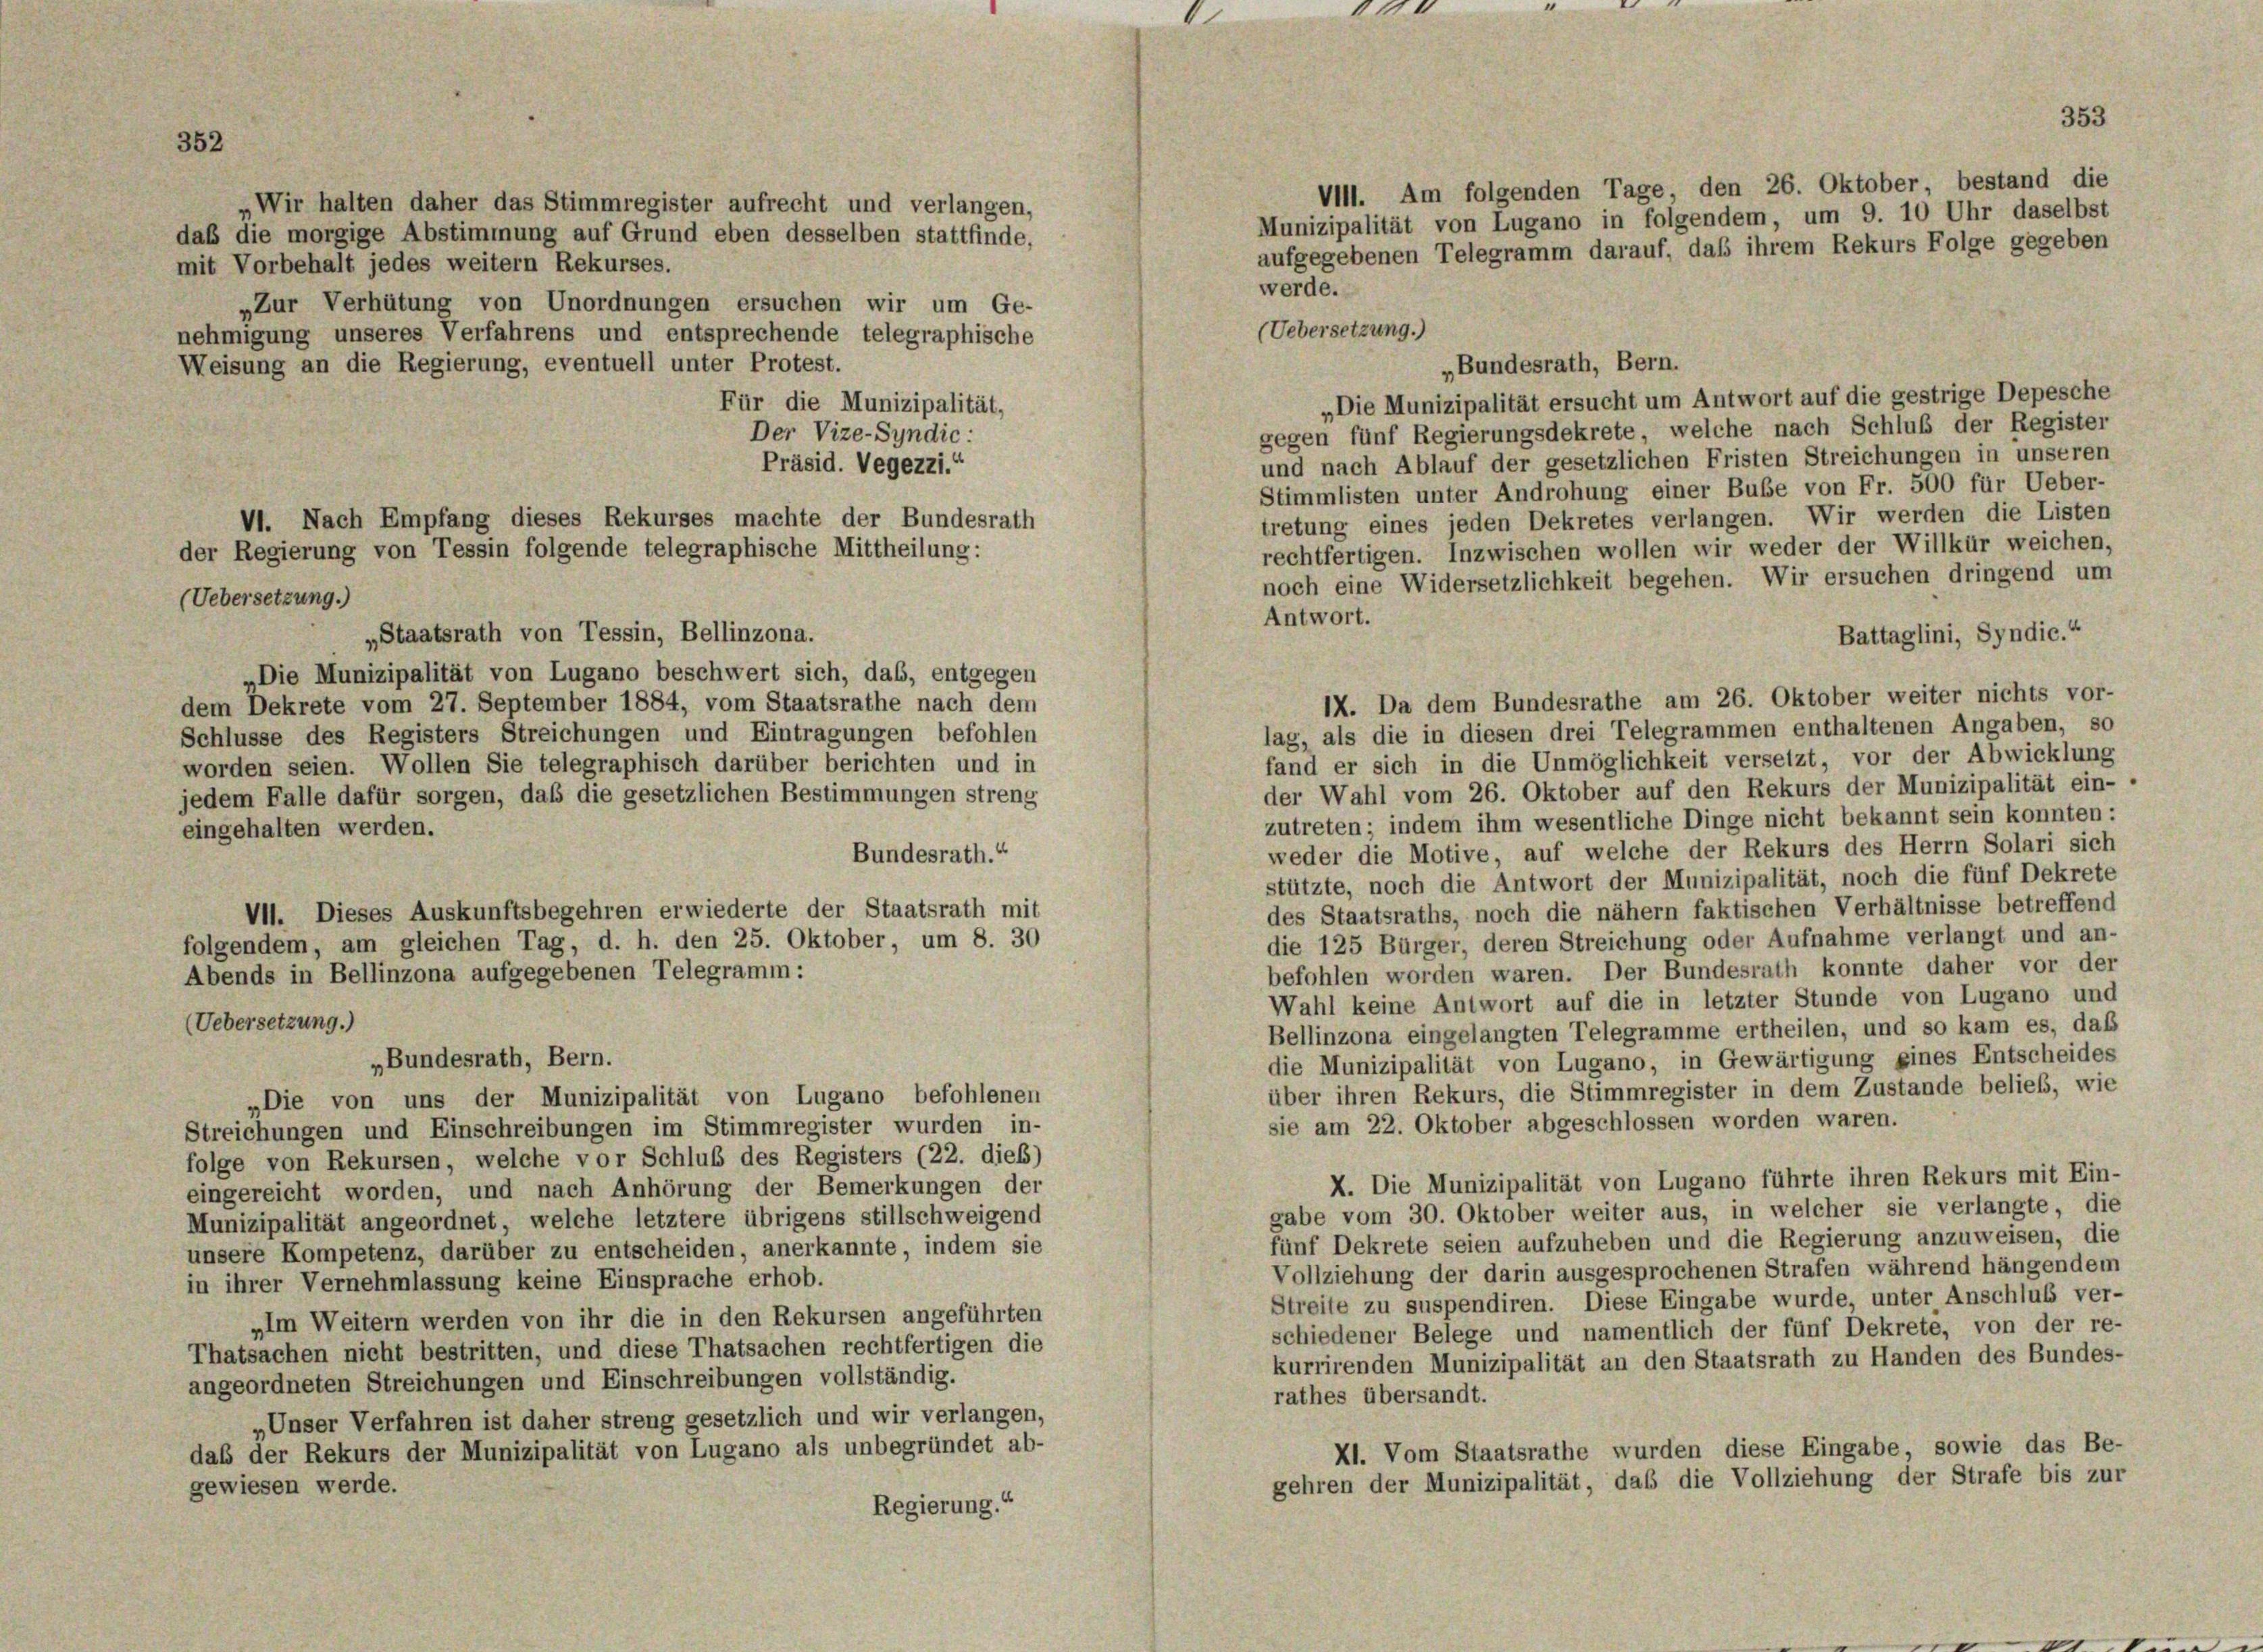
„Bundesrath, Bern.

353

VIII. Am folgenden Tage, den 26. Oktober, bestand die
„Wir halten daher das Stimmregister aufrecht und verlangen,
Munizipalität von Lugano in folgendem, um 9. 10 Uhr daselbst
daß die morgige Abstimmung auf Grund eben desselben stattfinde,
aufgegebenen Telegramm darauf, daß ihrem Rekurs Folge gegeben
mit Vorbehalt jedes weitern Rekurses.
werde.
„Zur Verhütung von Unordnungen ersuchen wir um Ge-
(Uebersetzung.)
nehmigung unseres Verfahrens und entsprechende telegraphische
Weisung an die Regierung, eventuell unter Protest.
„Die Munizipalität ersucht um Antwort auf die gestrige Depesche
Für die Munizipalität,
gegen fünf Regierungsdekrete, welche nach Schluß der Register
Der Vize-Syndic:
und nach Ablauf der gesetzlichen Fristen Streichungen in unseren
Präsid. Vegezzi.“
Stimmlisten unter Androhung einer Bube von Fr. 500 für Ueber-
tretung eines jeden Dekretes verlangen. Wir werden die Listen
VI. Nach Empfang dieses Rekurses machte der Bundesrath
rechtfertigen. Inzwischen wollen wir weder der Willkür weichen,
der Regierung von Tessin folgende telegraphische Mittheilung:
noch eine Widersetzlichkeit begehen. Wir ersuchen dringend um
(Uebersetzung.)
Antwort.
Battaglini, Syndic.“
„Staatsrath von Tessin, Bellinzona.
„Die Munizipalität von Lugano beschwert sich, das, entgegen
IX. Da dem Bundesrathe am 26. Oktober weiter nichts vor-
dem Dekrete vom 27. September 1884, vom Staatsrathe nach dem
lag, als die in diesen drei Telegrammen enthaltenen Angaben, so
Schlüsse des Registers Streichungen und Eintragungen befohlen
fand er sich in die Unmöglichkeit versetzt, vor der Abwicklung
worden seien. Wollen Sie telegraphisch darüber berichten und in
der Wahl vom 26. Oktober auf den Rekurs der Munizipalität ein-
jedem Falle dafür sorgen, daß die gesetzlichen Bestimmungen streng
zutreten; indem ihm wesentliche Dinge nicht bekannt sein konnten:
eingehalten werden.
weder die Motive, auf welche der Rekurs des Herrn Solari sich
Bundesrath.“
stützte, noch die Antwort der Munizipalität, noch die fünf Dekrete
des Staatsraths, noch die nähern faktischen Verhältnisse betreffend
VI. Dieses Auskunftsbegehren erwiederte der Staatsrath mit
die 125 Bürger, deren Streichung oder Aufnahme verlangt und an-
folgendem, am gleichen Tag, d. h. den 25. Oktober, um 8. 30
befohlen worden waren. Der Bundesrath konnte daher vor der
Abends in Bellinzona aufgegebenen Telegramm:
Wahl keine Antwort auf die in letzter Stunde von Lugano und
(Uebersetzung.)
Bellinzona eingelangten Telegramme ertheilen, und so kam es, daß
„Bundesrath, Bern.
die Munizipalität von Lugano, in Gewärtigung eines Entscheides
über ihren Rekurs, die Stimmregister in dem Zustande belieb, wie
„Die von uns der Munizipalität von Lugano befohlenen
sie am 22. Oktober abgeschlossen worden waren.
Streichungen und Einschreibungen im Stimmregister wurden in-
folge von Rekursen, welche vor Schluß des Registers (22. dieß)
X. Die Munizipalität von Lugano führte ihren Rekurs mit Ein-
eingereicht worden, und nach Anhörung der Bemerkungen der
gabe vom 30. Oktober weiter aus, in welcher sie verlangte, die
Munizipalität angeordnet, welche letztere übrigens stillschweigend
fünf Dekrete seien aufzuheben und die Regierung anzuweisen, die
unsere Kompetenz, darüber zu entscheiden, anerkannte, indem sie
Vollziehung der darin ausgesprochenen Strafen während hängendem
in ihrer Vernehmlassung keine Einsprache erhob.
Streite zu suspendiren. Diese Eingabe wurde, unter Anschluß ver-
„Im Weitern werden von ihr die in den Rekursen angeführten
schiedener Belege und namentlich der fünf Dekrete, von der re-
Thatsachen nicht bestritten, und diese Thatsachen rechtfertigen die
kurrirenden Munizipalität an den Staatsrath zu Handen des Bundes-
angeordneten Streichungen und Einschreibungen vollständig.
rathes übersandt.
„Unser Verfahren ist daher streng gesetzlich und wir verlangen,
XI. Vom Staatsrathe wurden diese Eingabe, sowie das Be-
daß der Rekurs der Munizipalität von Lugano als unbegründet ab-
gehren der Munizipalität, daß die Vollziehung der Strafe bis zur
gewiesen werde.
Regierung.“